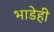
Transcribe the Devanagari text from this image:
भाडेही